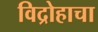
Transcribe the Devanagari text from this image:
विद्रोहाचा